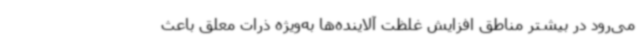
می‌رود در بیشتر مناطق افزایش غلظت آلاینده‌ها به‌ویژه ذرات معلق باعث